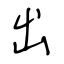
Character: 出